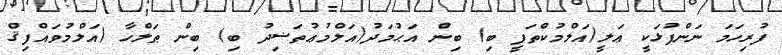
ފުރިހަމަ ނަންފުޅަކީ ޢަލީ(އަލްމުކްތަފީ ބި) ބިން އަޙުމަދު(އަލްމުޢުތަޟިދު ބި) ބިން ޠަލްހާ (އަލްމުވައްފިޤް